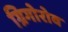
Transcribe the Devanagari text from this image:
ग्रिगोरोव